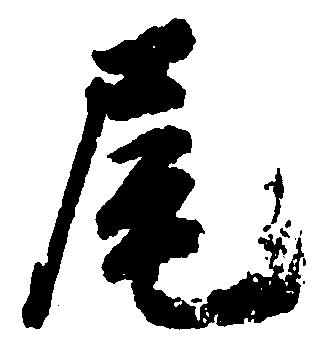
尾